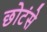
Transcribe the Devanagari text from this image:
छोटंसे